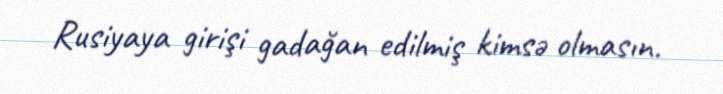
Rusiyaya girişi gadağan edilmiş kimsə olmasın.